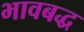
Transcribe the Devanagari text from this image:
भावबद्ध